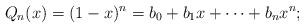
LaTeX: \begin{align*}Q_n(x) = (1-x)^n =b_0 + b_1 x + \dots + b_n x^n;\end{align*}